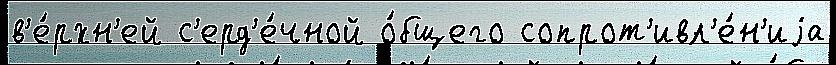
в'е́рхн'ей с'ерд'е́чной о́бщего сопрот'ивл'е́н'иjа